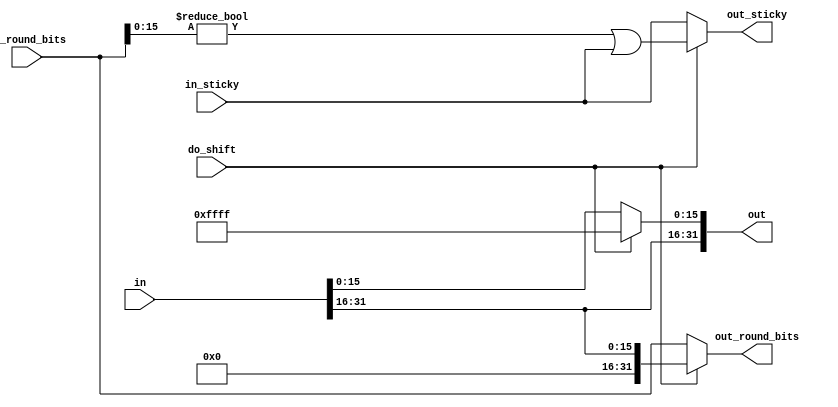
//
// shift_round_position -- Logarithmic stage for rounding at a
// programmable bit position.
//
// Inputs:
//  do_shift:        If 1, shift and pad inputs with ones.
//  in               Initially masked significand.
//  in_round_bits    Initially right-shifted significand.
//  in_sticky        Initial value of the sticky bit (extra LSBS != 1).
// Outputs:
//  out              Conditionally updated significand (trailing ones).
//  out_round_bits   Conditionally shifted significand (leading zeros).
//  out_sticky       Updated sticky bit.

module shift_round_position(do_shift, in, in_round_bits, in_sticky,
							out, out_round_bits, out_sticky);
	parameter DATA_WIDTH = 32;
	parameter SHIFT_BITS = 16;

	input                   do_shift;
	input  [DATA_WIDTH-1:0] in;             // The LSB is 1/2 digit.
	input  [DATA_WIDTH-1:0] in_round_bits;
	input                   in_sticky;
	output [DATA_WIDTH-1:0] out;
	output [DATA_WIDTH-1:0] out_round_bits;
	output                  out_sticky;

	wire                    zero_lsbs;

// Conditionally pad the right SHIFT_BITS bits with ones.
assign out = do_shift ? {in[DATA_WIDTH-1:SHIFT_BITS],{SHIFT_BITS{1'b1}}} : in;

// The round bits are a conditionally right-shifted version of the input bits.
assign out_round_bits =
	do_shift ? {{SHIFT_BITS{1'b0}},in[DATA_WIDTH-1:SHIFT_BITS]} :
	           in_round_bits;

assign zero_lsbs = in_round_bits[SHIFT_BITS-1:0] != {SHIFT_BITS{1'b0}};
assign out_sticky = do_shift ? (zero_lsbs || in_sticky) : in_sticky;

endmodule